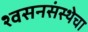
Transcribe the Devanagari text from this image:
श्वसनसंस्थेचा